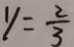
y = \frac { 2 } { 3 }